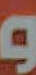
و